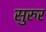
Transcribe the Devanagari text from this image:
सुरुर